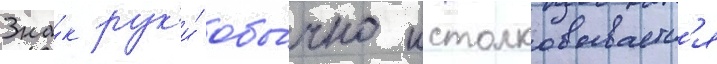
Зна́к рук'и́ обы́чно истолковываетс'я